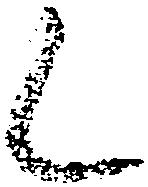
く